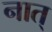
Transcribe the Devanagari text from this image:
नात्